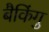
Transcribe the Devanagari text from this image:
बैकिंगु